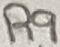
Text: R9